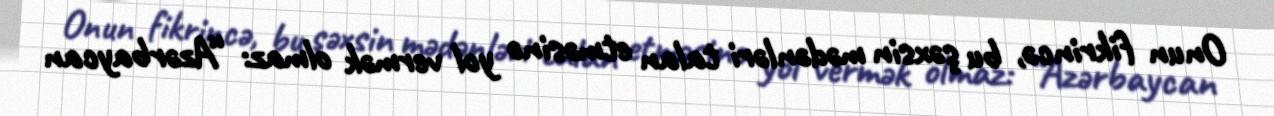
Onun fikrincə, bu şəxsin mədənləri talan etməsinə yol vermək olmaz: “Azərbaycan